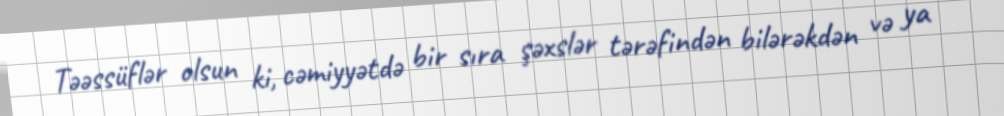
Təəssüflər olsun ki, cəmiyyətdə bir sıra şəxslər tərəfindən bilərəkdən və ya